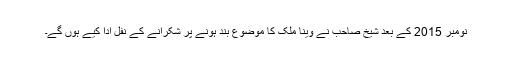
نومبر 2015 کے بعد شیخ صاحب نے وینا ملک کا موضوع بند ہونے پر شکرانے کے نفل ادا کیے ہوں گے۔